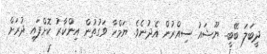
ދީބަލަ ބޭބީ.. ޔޫޝައު ސިއްރުން އެދުނެވެ. ޔަމްހާ ވަގުތުން އިންކާރު ކޮށްފައި ދުރަށް